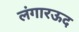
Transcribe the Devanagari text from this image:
लंगारऊद